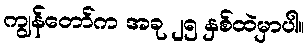
ကျွန်တော်က အခု ၂၅ နှစ်ထဲမှာပါ။